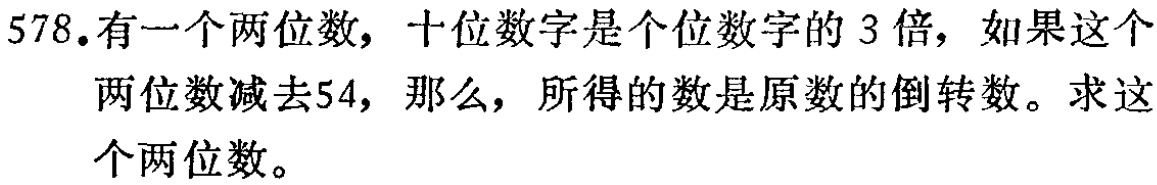
578.有一个两位数，十位数字是个位数字的 3 倍，如果这个两位数减去54，那么，所得的数是原数的倒转数。求这个两位数。